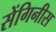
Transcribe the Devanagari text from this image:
सेंगिनीस